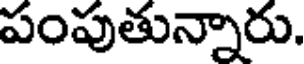
పంపుతున్నారు.